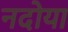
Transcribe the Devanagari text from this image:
नदोया